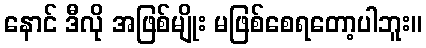
နောင် ဒီလို အဖြစ်မျိုး မဖြစ်စေရတော့ပါဘူး။